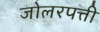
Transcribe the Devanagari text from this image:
जोलरपत्ती